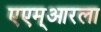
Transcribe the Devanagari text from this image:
एएम्‌आरला